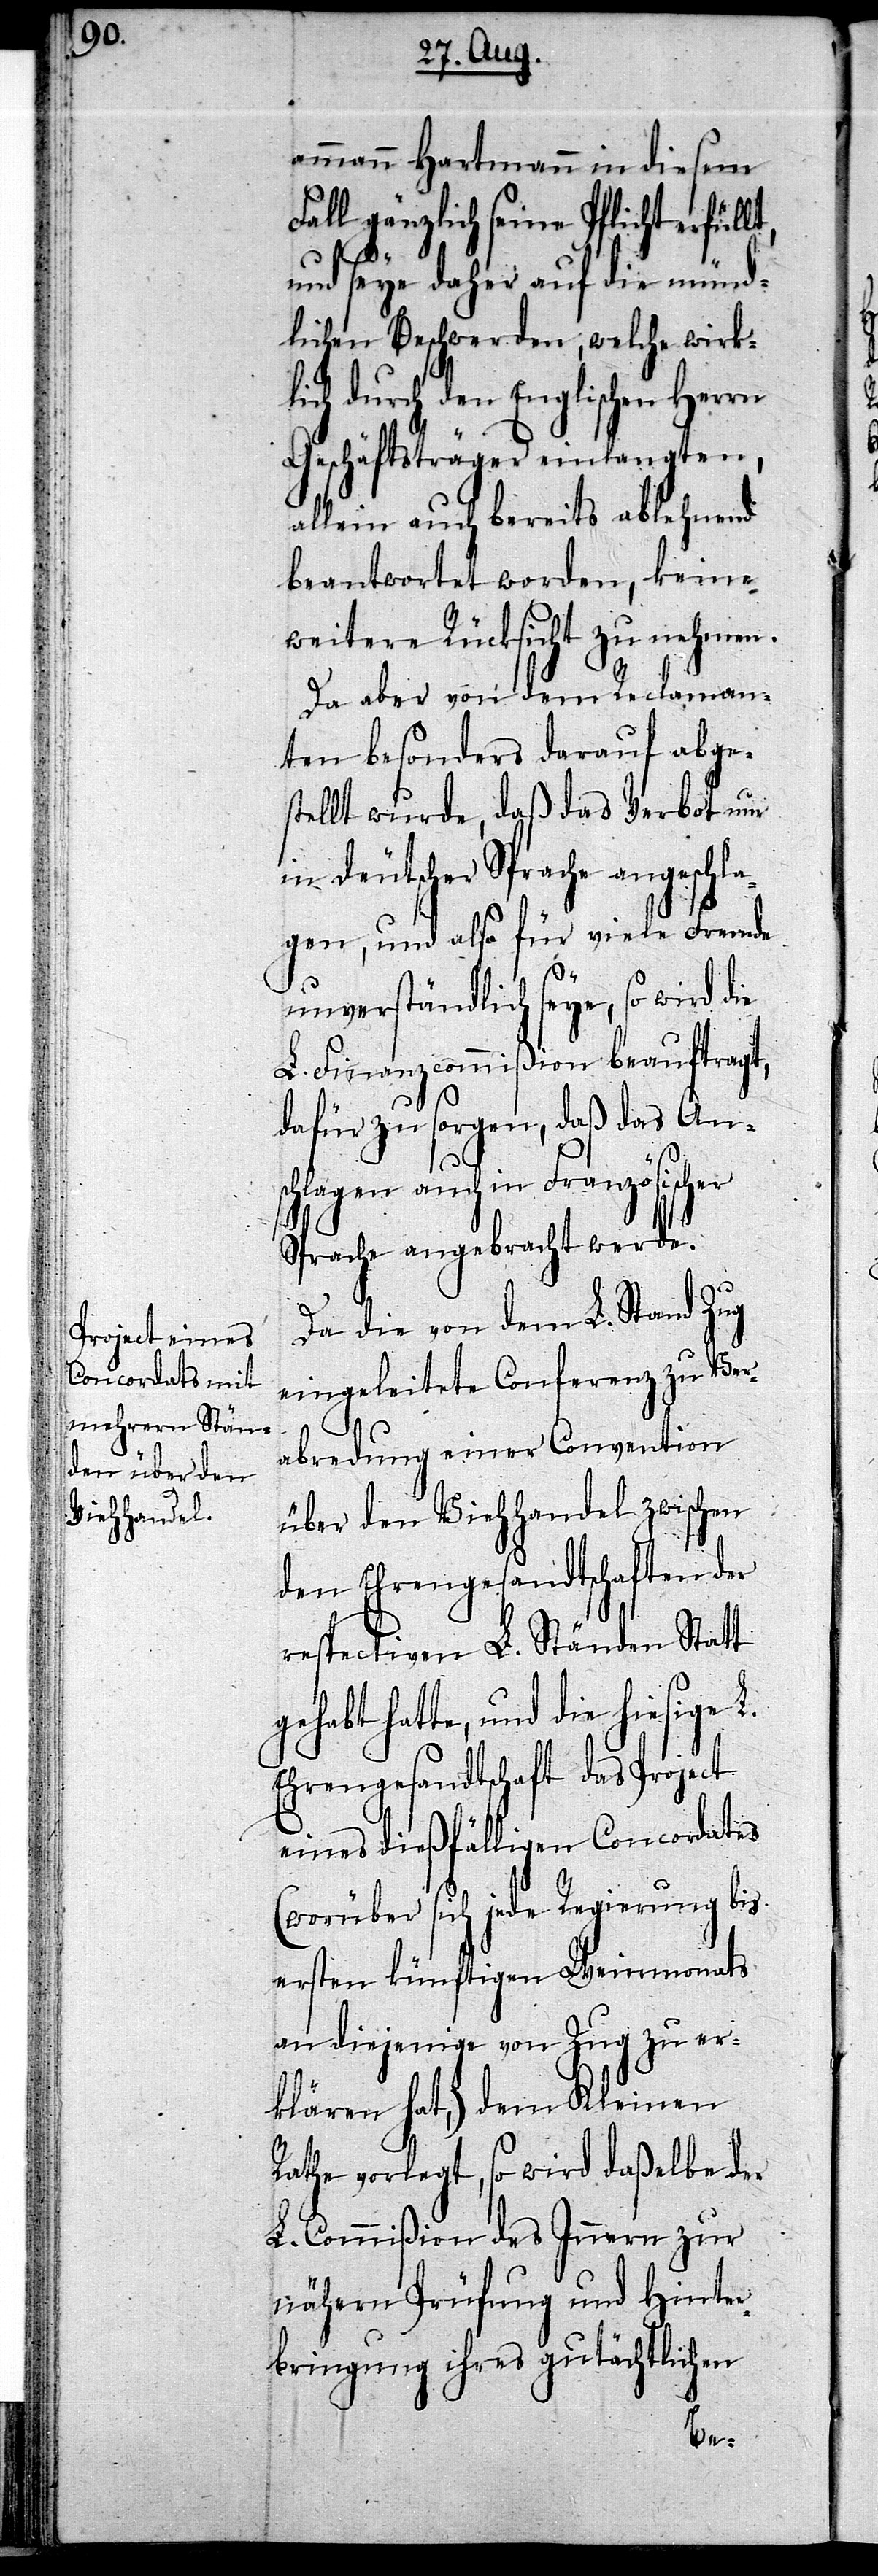
ammann Hartmann in diesem
Fall gänzlich seine Pflicht erfül¬
lt,
und seye daher auf die münd¬
lichen Beschwerden, welche wirk¬
lich durch den Englischen Herrn
Geschäftsträger einlangten,
allein auch bereits ablehnend
beantwortet worden, keine
weitere Rücksicht zu nehmen.
Da aber von dem Reclaman¬
ten besonders darauf abge¬
stellt wurde, daß das Verbot nur
deutscher Sprache angeschl¬
agen, und also für viele Fremde
unverständlich seye, so wird die
L. Finanzcommißion beauftragt,
dafür zu sorgen, daß das An¬
schlagen auch in Französischer
Sprache angebracht werde.
Da die von dem L. Stand Zug
eingeleitete Conferenz zu Ver¬
abredung einer Convention
über den Viehhandel zwischen
den Ehrengesandtschaften der
respectiven L. Ständen Statt
hatte, und die hiesige
Ehrengesandtschaft das Project
eines dießfälligen Concordates
(worüber sich jede Regierung bis
ersten künftigen Weinmonats
an diejenige von Zug zu er¬
klären hat,) dem Kleinen
Rathe vorgelegt, so wird daßelbe der
L. Commißion des Innern zur
nähern Prüfung und Hinter¬
bringung ihres gutächtlichen